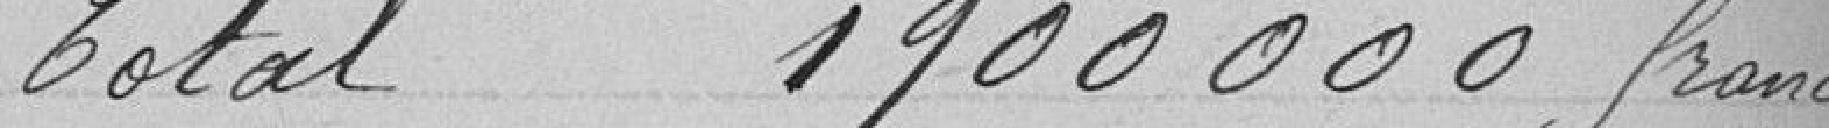
Total 1900000 francs